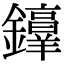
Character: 𫓜